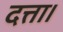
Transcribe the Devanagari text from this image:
दत्ता।